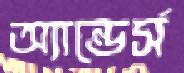
অ্যান্ডের্স